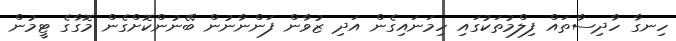
ހިނގާ ހާދިސާތައް ފިލްމުތަކުގައި ހިމަނައިގެން އަދި ޒުވާން ފަންނާނުން ބޭނުންކޮށްގެން މޮގާގެ ޓީމުން